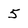
Character: 5